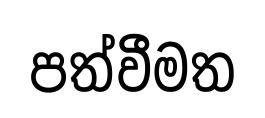
පත්වීමත